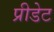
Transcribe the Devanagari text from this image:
प्रीडेट